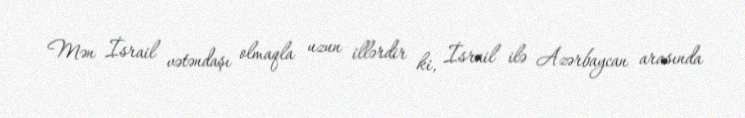
Mən İsrail vətəndaşı olmaqla uzun illərdir ki, İsrail ilə Azərbaycan arasında